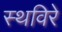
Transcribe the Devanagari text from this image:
स्थविरे